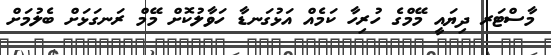
މާސްޓަރ ދިޔައީ މޭމްގެ ހުރިހާ ކަމެއް އަޅުގަނޑާ ހަވާލުކޮށް މޭމް ރަނގަޅަށް ބެލުމަށް